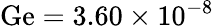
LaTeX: \mathrm{Ge}=3.60\times 10^{-8}